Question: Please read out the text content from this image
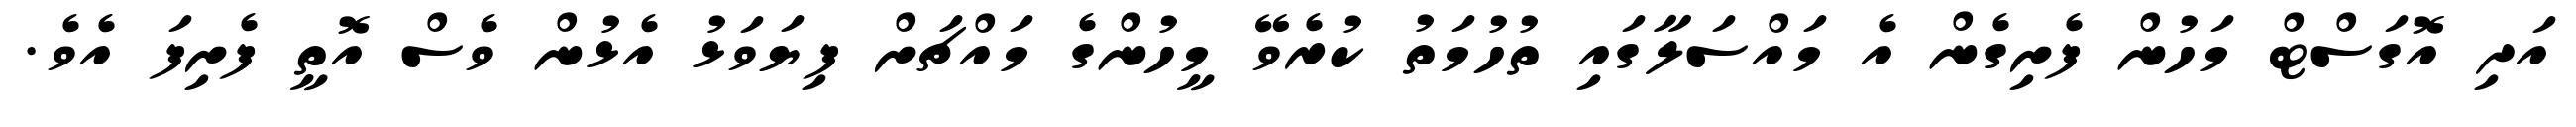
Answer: އަދި އޮގަސްޓް މަހުން ފެށިގެން އެ މައްސަލާގައި ތުހުމަތު ކުރެވޭ މީހުންގެ މައްޗަށް ފިޔަވަޅު އެޅުން ވެސް އޮތީ ފެށިފަ އެވެ.